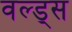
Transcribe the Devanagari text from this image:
वल्ड्स